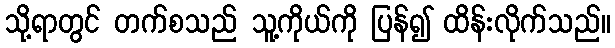
သို့ရာတွင် တက်စသည် သူ့ကိုယ်ကို ပြန်၍ ထိန်းလိုက်သည်။